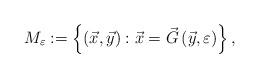
LaTeX: \begin{align*} M_\varepsilon := \left\{ {\left( {\vec {x},\vec {y}}\right):\vec {x} = \vec {G}\left( {\vec {y},\varepsilon } \right)} \right\},\end{align*}